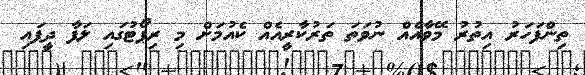
ތިންފަހަރު އިތުރު މޭވާއެއް ނުވަތަ ތަރުކާރީއެއް ކެއުމަށް މި ރިޕޯޓުގައި ލަފާ ދީފައި